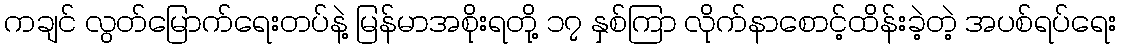
ကချင် လွတ်မြောက်ရေးတပ်နဲ့ မြန်မာအစိုးရတို့ ၁၇ နှစ်ကြာ လိုက်နာစောင့်ထိန်းခဲ့တဲ့ အပစ်ရပ်ရေး